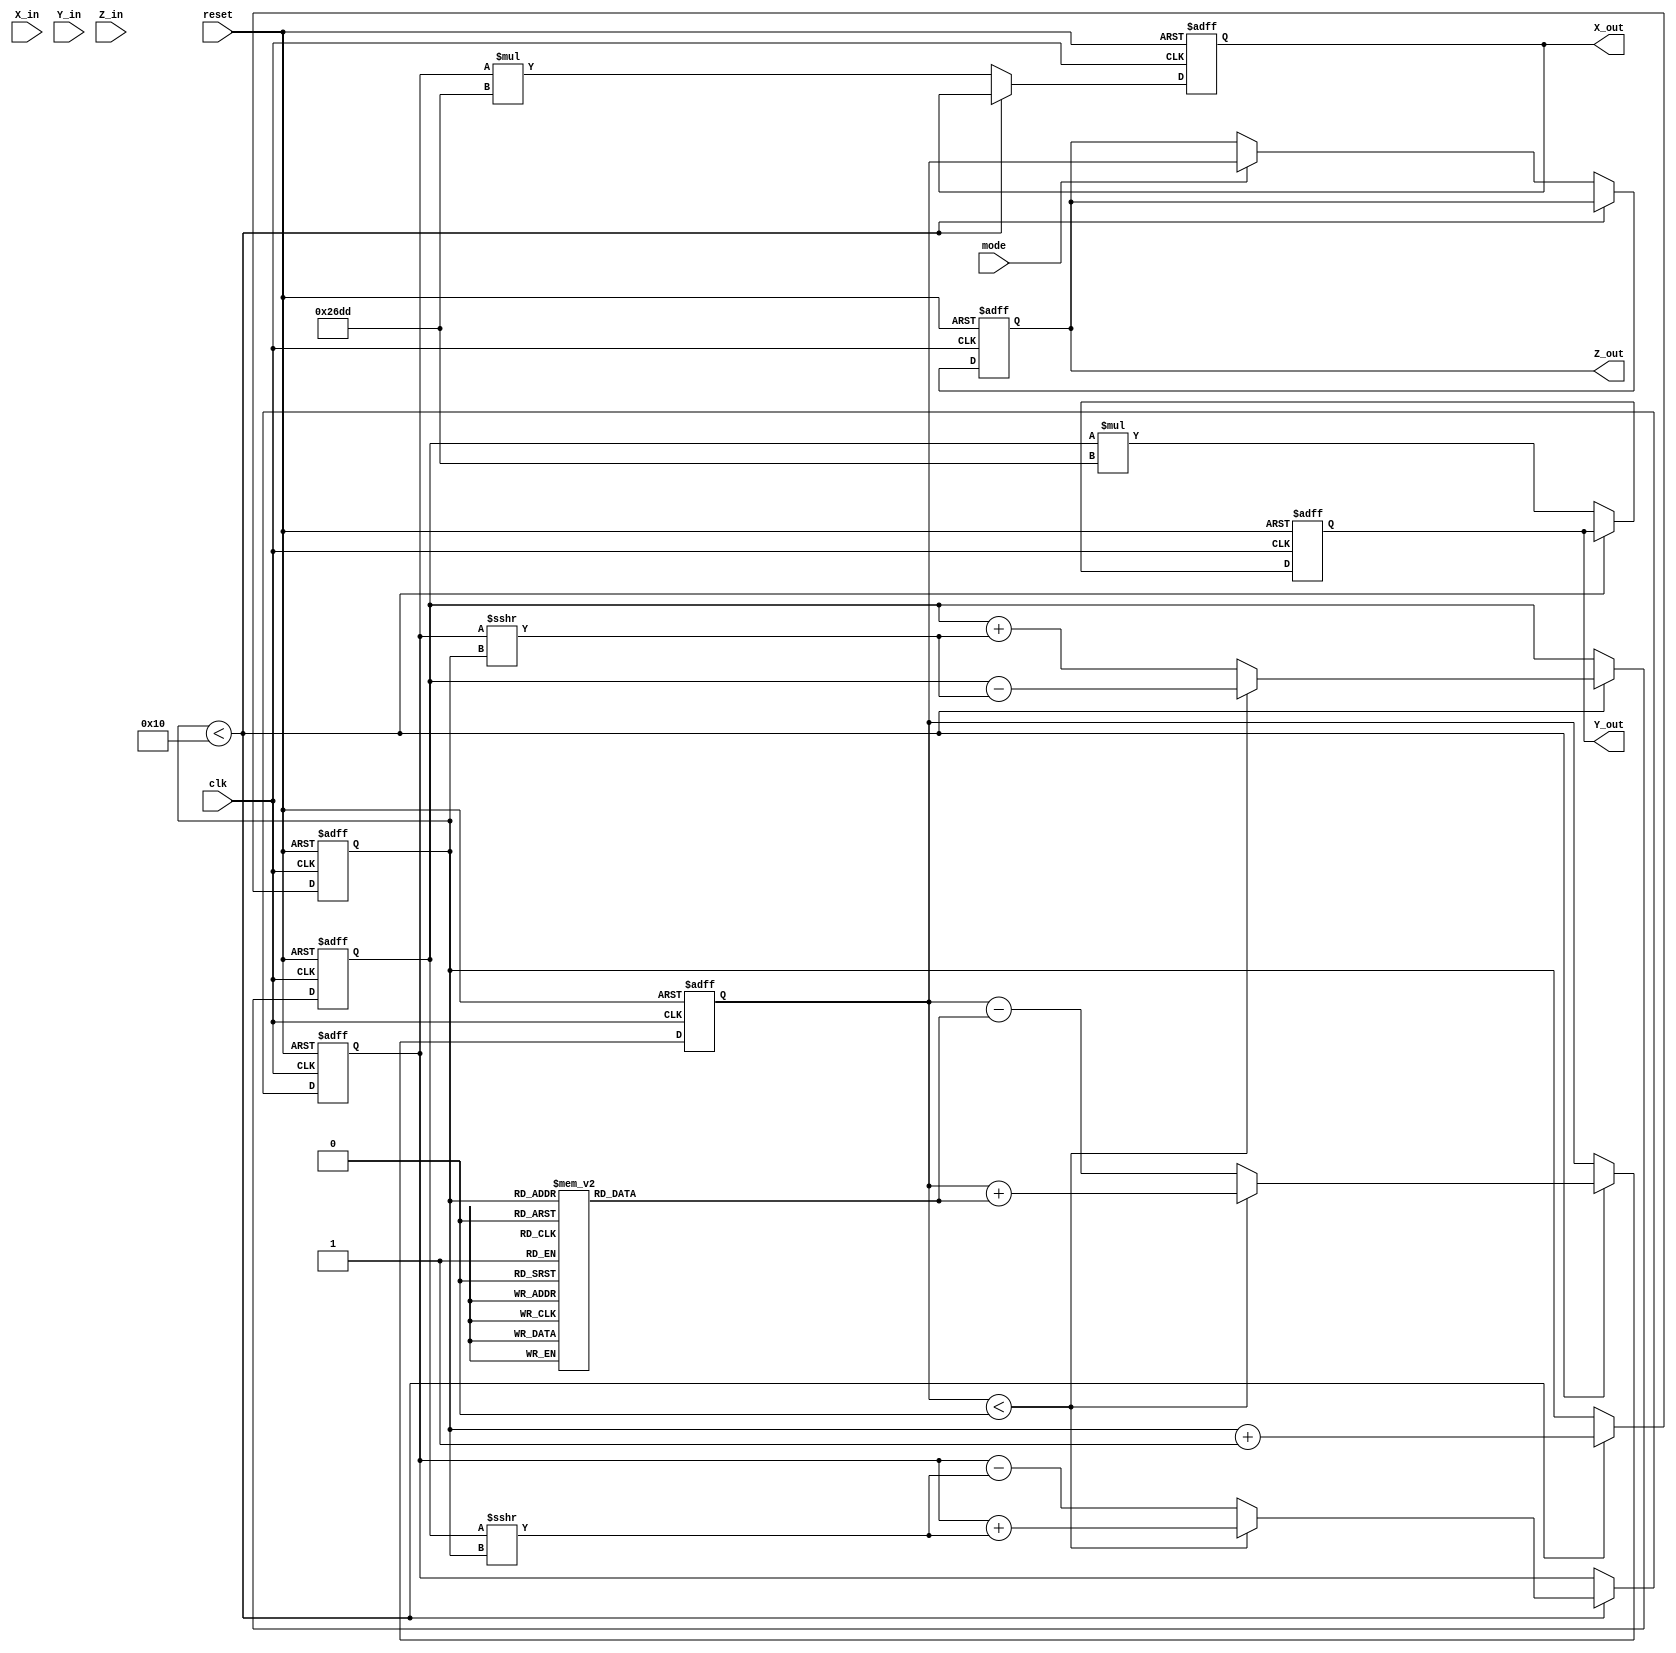
module modified_cordic (
    input wire clk,
    input wire reset,
    input wire [15:0] X_in,    // Input vector X
    input wire [15:0] Y_in,    // Input vector Y
    input wire [15:0] Z_in,    // Angle input in fixed-point representation
    input wire mode,           // Mode: 0 for rotation, 1 for vectoring
    output reg [15:0] X_out,   // Output vector X
    output reg [15:0] Y_out,   // Output vector Y
    output reg [15:0] Z_out     // Remaining phase angle (only in vectoring mode)
);

parameter NUM_ITERATIONS = 16; // Number of iterations for CORDIC
reg [15:0] atan_lut[0:NUM_ITERATIONS-1]; // LUT for arctan values
reg [15:0] X_reg, Y_reg, Z_reg; // Pipeline registers
reg [3:0] iteration; // Iteration counter
reg [15:0] K; // Scaling factor

// Initialize the LUT with arctan values (fixed-point representation)
initial begin
    atan_lut[0] = 16'h2000; // arctan(1/2^0)
    atan_lut[1] = 16'h1000; // arctan(1/2^1)
    atan_lut[2] = 16'h0800; // arctan(1/2^2)
    atan_lut[3] = 16'h0400; // arctan(1/2^3)
    atan_lut[4] = 16'h0200; // arctan(1/2^4)
    atan_lut[5] = 16'h0100; // arctan(1/2^5)
    atan_lut[6] = 16'h0080; // arctan(1/2^6)
    atan_lut[7] = 16'h0040; // arctan(1/2^7)
    atan_lut[8] = 16'h0020; // arctan(1/2^8)
    atan_lut[9] = 16'h0010; // arctan(1/2^9)
    atan_lut[10] = 16'h0008; // arctan(1/2^10)
    atan_lut[11] = 16'h0004; // arctan(1/2^11)
    atan_lut[12] = 16'h0002; // arctan(1/2^12)
    atan_lut[13] = 16'h0001; // arctan(1/2^13)
    atan_lut[14] = 16'h0000; // arctan(1/2^14)
    atan_lut[15] = 16'h0000; // arctan(1/2^15)
end

// Scaling factor for CORDIC
always @(*) begin
    K = 16'h26DD; // Example scaling factor for 16 iterations
end

always @(posedge clk or posedge reset) begin
    if (reset) begin
        X_reg <= 0;
        Y_reg <= 0;
        Z_reg <= 0;
        iteration <= 0;
        X_out <= 0;
        Y_out <= 0;
        Z_out <= 0;
    end else begin
        if (iteration < NUM_ITERATIONS) begin
            // Perform CORDIC rotation or vectoring
            if (mode) begin // Vectoring Mode
                if (Z_reg < 0) begin
                    X_reg <= X_reg + (Y_reg >>> iteration);
                    Y_reg <= Y_reg - (X_reg >>> iteration);
                    Z_reg <= Z_reg + atan_lut[iteration];
                end else begin
                    X_reg <= X_reg - (Y_reg >>> iteration);
                    Y_reg <= Y_reg + (X_reg >>> iteration);
                    Z_reg <= Z_reg - atan_lut[iteration];
                end
            end else begin // Rotation Mode
                if (Z_reg < 0) begin
                    X_reg <= X_reg + (Y_reg >>> iteration);
                    Y_reg <= Y_reg - (X_reg >>> iteration);
                    Z_reg <= Z_reg + atan_lut[iteration];
                end else begin
                    X_reg <= X_reg - (Y_reg >>> iteration);
                    Y_reg <= Y_reg + (X_reg >>> iteration);
                    Z_reg <= Z_reg - atan_lut[iteration];
                end
            end
            iteration <= iteration + 1;
        end else begin
            // Final output assignment
            X_out <= X_reg * K; // Scale the output
            Y_out <= Y_reg * K; // Scale the output
            if (mode) begin
                Z_out <= Z_reg; // Only in vectoring mode
            end
        end
    end
end

endmodule